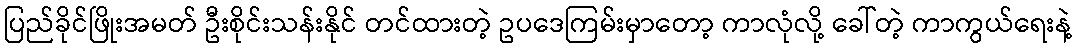
ပြည်ခိုင်ဖြိုးအမတ် ဦးစိုင်းသန်းနိုင် တင်ထားတဲ့ ဥပဒေကြမ်းမှာတော့ ကာလုံလို့ ခေါ်တဲ့ ကာကွယ်ရေးနဲ့